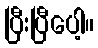
ပြီးပြီပေါ့။